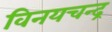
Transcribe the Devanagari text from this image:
विनयचन्द्र